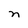
Character: n